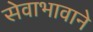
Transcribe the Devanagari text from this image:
सेवाभावाने